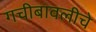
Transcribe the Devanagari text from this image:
गचीबावलीचे